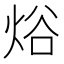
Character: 焀